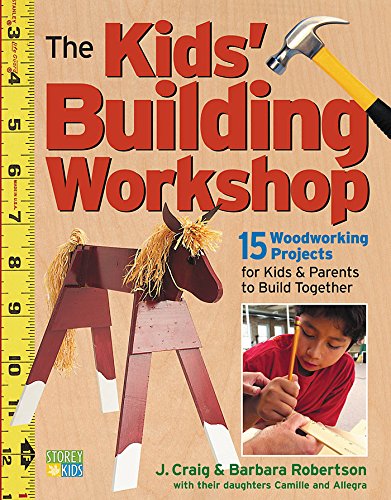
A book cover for The Kids' Building Workshop: 15 Woodworking Projects for Kids and Parents to Build Together; Craig Robertson; Crafts, Hobbies & Home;